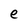
Character: e